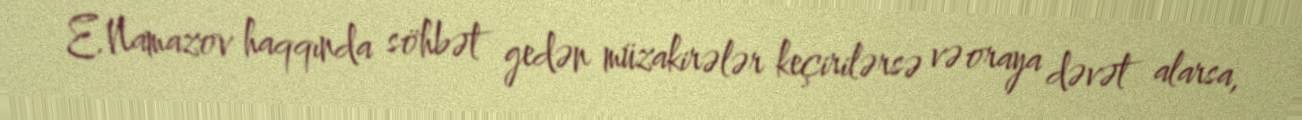
E.Namazov haqqında söhbət gedən müzakirələr keçirilərsə və oraya dəvət alarsa,